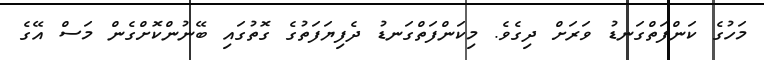
މަހުގެ ކަންފަތްގަނޑު ވަރަށް ދިގެވެ. މިކަންފަތްގަނޑު ދެފިޔަފަތުގެ ގޮތުގައި ބޭނުންކޮށްގެން މަސް އޭގެ